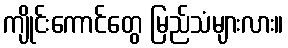
ကျိုင်းကောင်တွေ မြည်သံများလား။